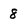
Character: 8